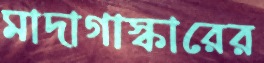
মাদাগাস্কারের